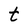
Character: t